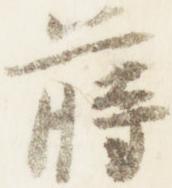
蒔